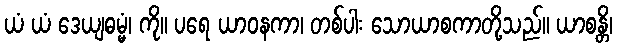
ယံ ယံ ဒေယျဓမ္မံ၊ ကို။ ပရေ ယာဝနကာ၊ တစ်ပါး သောယာစကာတို့သည်။ ယာစန္တိ၊